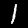
Digit: 1